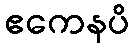
ဧကေနပိ